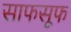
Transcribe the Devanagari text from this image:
साफसूफ